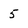
Character: 5